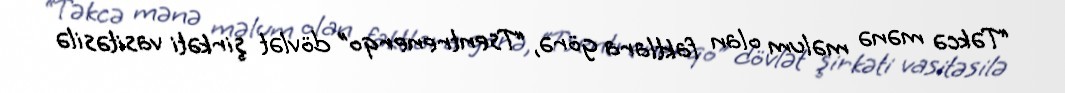
“Təkcə mənə məlum olan faktlara görə, “Tsentrenerqo” dövlət şirkəti vasitəsilə